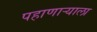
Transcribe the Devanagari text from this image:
पहाणार्‍याला